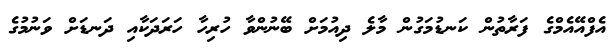
އެފްއޭއެމްގެ ފަރާތުން ކަނޑުމަގުން މާލެ ދިއުމަށް ބޭނުންވާ ހުރިހާ ހަރަދަކާއި ދަނޑަށް ވަނުމުގެ